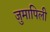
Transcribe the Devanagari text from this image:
जुमापिली